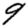
Digit: 9